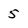
Character: 5